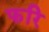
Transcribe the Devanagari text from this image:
फरि